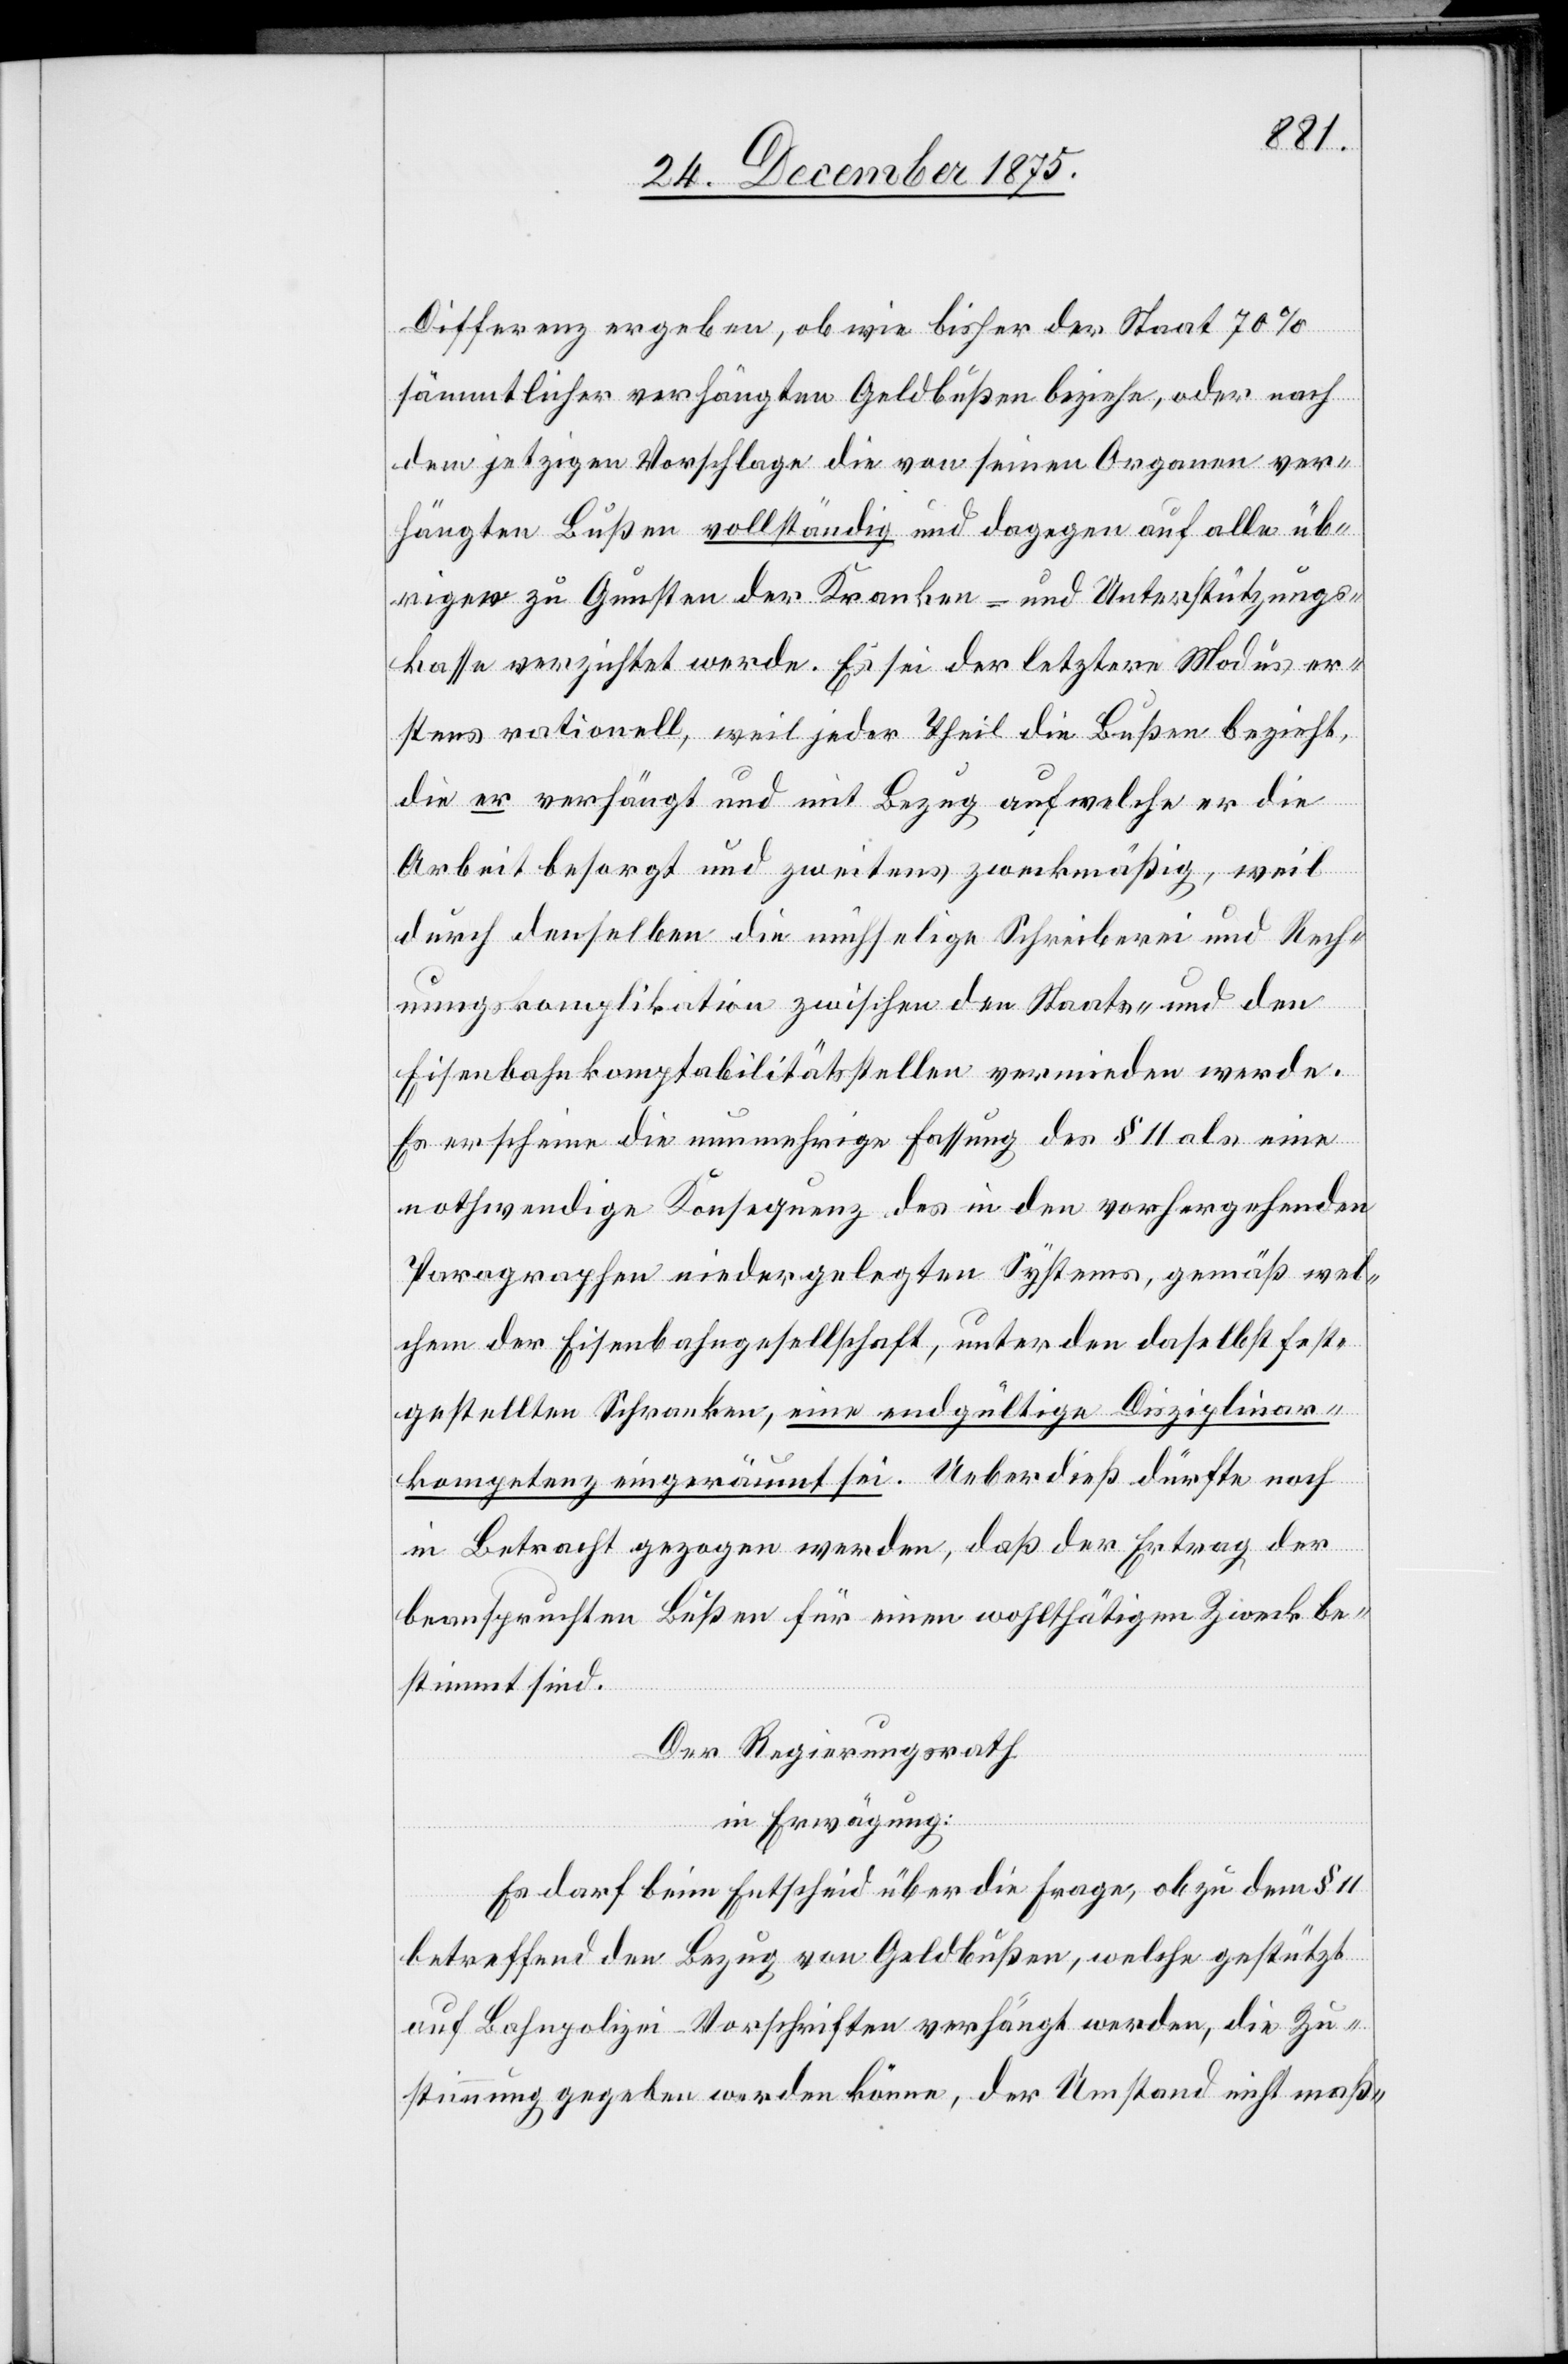
Differenz ergeben, ob wie bisher der Staat 70%
sämmtlicher verhängten Geldbußen beziehe, oder nach
dem jetzigen Vorschlage die von seinen Organen ver¬
hängten Bußen vollständig und dagegen auf alle üb¬
rigen zu Gunsten der Kranken- und Unterstützungs¬
kasse verzichtet werde. Es sei der letztere Modus er¬
stens rationell, weil jeder Theil die Bußen bezieht,
die er verhängt und mit Bezug auf welche er die
Arbeit besorgt und zweitens zweckmäßig, weil
durch denselben die unselige Schreiberei und Rech¬
nungskomplikation zwischen den Staats- und den
Eisenbahnkomptabilitätstellen vermieden werde.
Es erscheine die nunmehrige Fassung des § 11 als eine
nothwendige Konsequenz des in den vorhergehenden
Paragraphen niedergelegten Systems, gemäß wel¬
chem der Eisenbahngesellschaft, unter den daselbst fest¬
gestellten Schranken, eine endgültige Disziplinar¬
konsequenz eingeräumt sei. Ueberdieß dürfte noch
in Betracht gezogen werden, daß der Ertrag der
beanspruchten Bußen für einen wohlthätigen Zweck be¬
stimmt sind.
Der Regierungsrath
in Erwägung:
Es darf beim Entscheid über diese Frage, ob zu dem § 11
betreffend den Bezug von Geldbußen, welche gestützt
auf Bahnpolizei-Vorschriften verhängt werden, die Zu¬
stimmung gegeben werden könne, der Umstand nicht maß